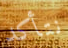
نتأكد